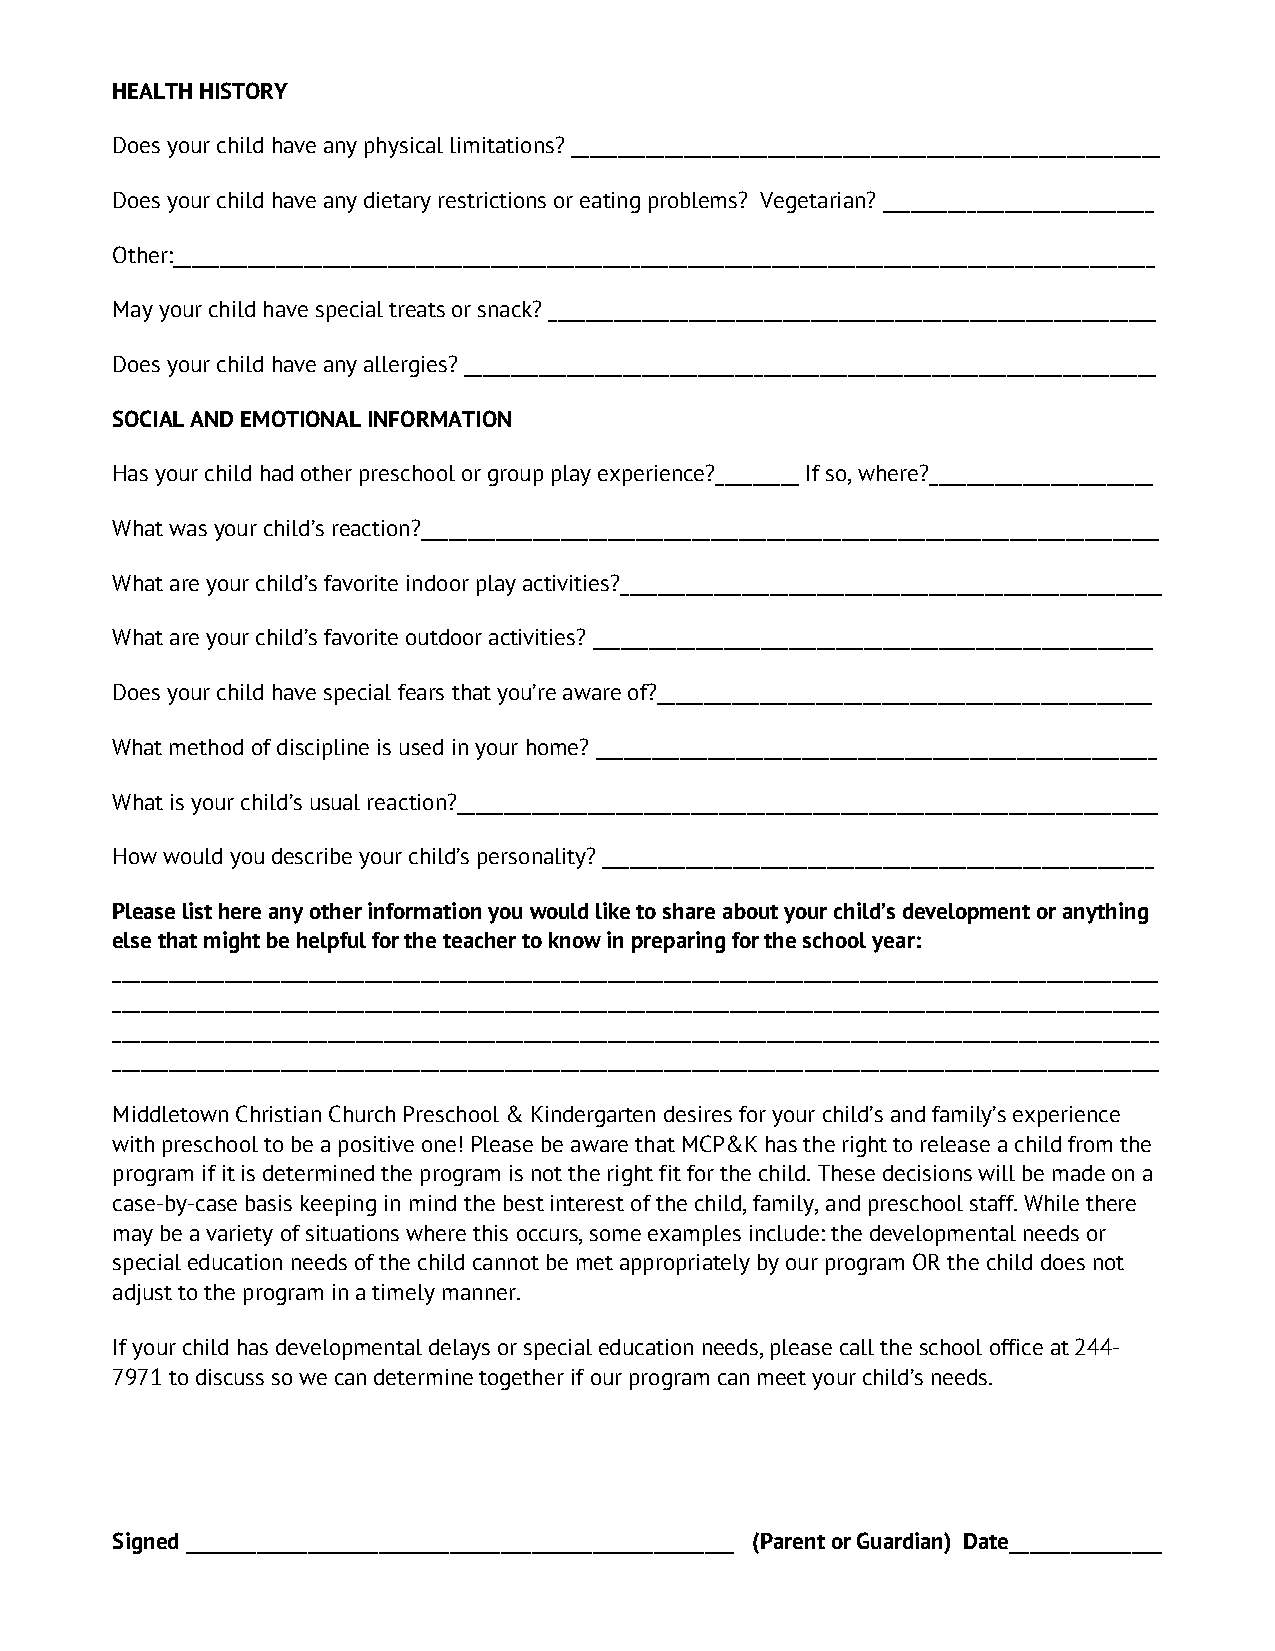
HEALTH HISTORY
 Does your child have any physical limitations? _______________________________________________________________
 Does your child have any dietary restrictions or eating problems? Vegetarian? _____________________________
 Other:_________________________________________________________________________________________________________
 May your child have special treats or snack? _________________________________________________________________
 Does your child have any allergies? __________________________________________________________________________
 SOCIAL AND EMOTIONAL INFORMATION
 Has your child had other preschool or group play experience?_________ If so, where?________________________
 What was your child’s reaction?_______________________________________________________________________________
 What are your child’s favorite indoor play activities?__________________________________________________________
 What are your child’s favorite outdoor activities? ____________________________________________________________
 Does your child have special fears that you’re aware of?_____________________________________________________
 What method of discipline is used in your home? ____________________________________________________________
 What is your child’s usual reaction?___________________________________________________________________________
 How would you describe your child’s personality? ___________________________________________________________
 Please list here any other information you would like to share about your child’s development or anything
 else that might be helpful for the teacher to know in preparing for the school year:
 ________________________________________________________________________________________________________________
 ________________________________________________________________________________________________________________
 ________________________________________________________________________________________________________________
 ________________________________________________________________________________________________________________
 Middletown Christian Church Preschool & Kindergarten desires for your child’s and family’s experience
 with preschool to be a positive one! Please be aware that MCP&K has the right to release a child from the
 program if it is determined the program is not the right fit for the child. These decisions will be made on a
 case-by-case basis keeping in mind the best interest of the child, family, and preschool staff. While there
 may be a variety of situations where this occurs, some examples include: the developmental needs or
 special education needs of the child cannot be met appropriately by our program OR the child does not
 adjust to the program in a timely manner.
 If your child has developmental delays or special education needs, please call the school office at 244-
 7971 to discuss so we can determine together if our program can meet your child’s needs.
 Signed ______________________________________________________ (Parent or Guardian) Date_______________